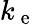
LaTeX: k_{\mathrm{~e~}}